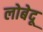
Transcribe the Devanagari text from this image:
लोबेदू